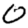
Digit: 0